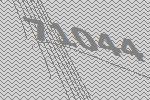
71044